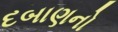
દબાણનો